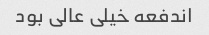
اندفعه خیلی عالی بود